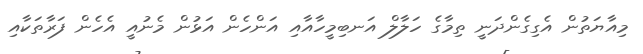
މިއާޔަތުން އެގިގެންދަނީ ތިމާގެ ހަލާލް އަނބިމީހާއާއި އަންހެން އަޅުން މެނުއީ އެހެން ފަރާތަކާއި